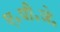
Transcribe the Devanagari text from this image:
ए॰पी॰जे॰